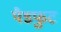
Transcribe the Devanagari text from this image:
पैडफुट